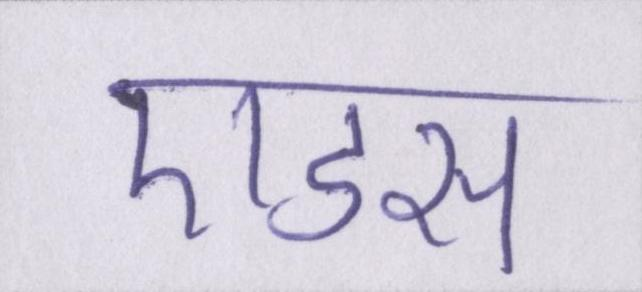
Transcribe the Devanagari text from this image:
एडस